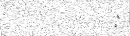
: